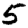
Digit: 5